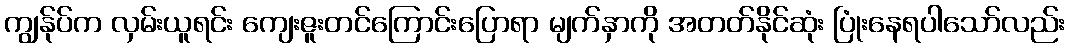
ကျွန်ုပ်က လှမ်းယူရင်း ကျေးဇူးတင်ကြောင်းပြောရာ မျက်နှာကို အတတ်နိုင်ဆုံး ပြုံးနေရပါသော်လည်း